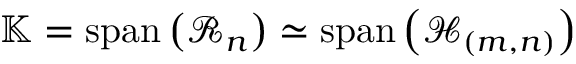
\begin{array} { r } { \mathbb { K } = \operatorname { s p a n } \left( \mathcal { R } _ { n } \right) \simeq \operatorname { s p a n } \left( \mathcal { H } _ { \left( m , n \right) } \right) } \end{array}